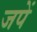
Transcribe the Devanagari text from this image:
जपें